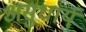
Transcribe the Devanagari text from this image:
असुधार्य